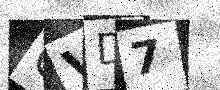
Text: OVD7